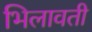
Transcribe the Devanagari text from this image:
भिलावती